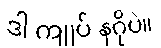
ဒါ ကျုပ် နဂိုပဲ။